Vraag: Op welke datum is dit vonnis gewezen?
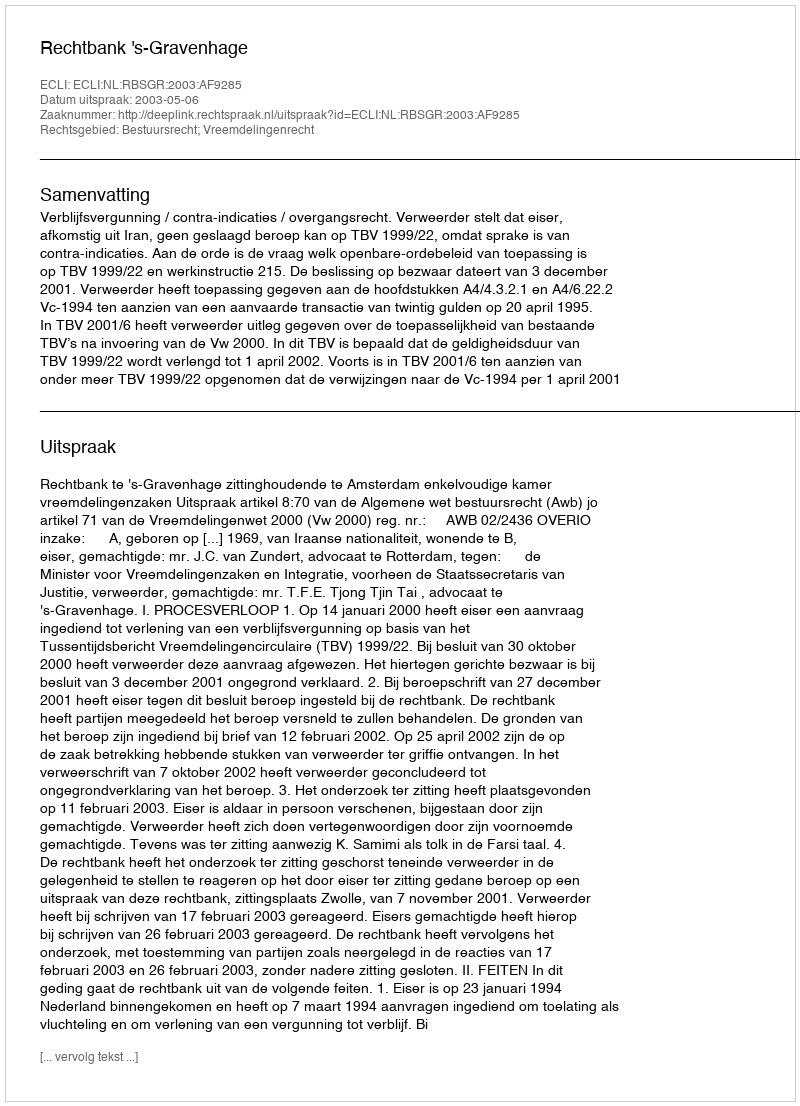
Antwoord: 2003-05-06